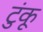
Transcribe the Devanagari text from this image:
टुंकू